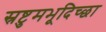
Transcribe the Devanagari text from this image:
स्रष्टुमभूदिच्छा